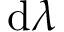
\mathrm { d } \lambda